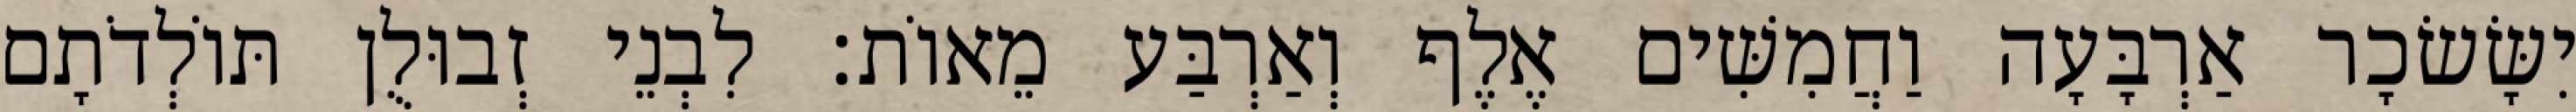
יִשָּׂשׂכָר אַרְבָּעָה וַחֲמִשִּׁים אֶלֶף וְאַרְבַּע מֵאוֹת׃ לִבְנֵי זְבוּלֻן תּוֹלְדֹתָם